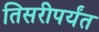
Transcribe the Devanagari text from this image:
तिसरीपर्यंत